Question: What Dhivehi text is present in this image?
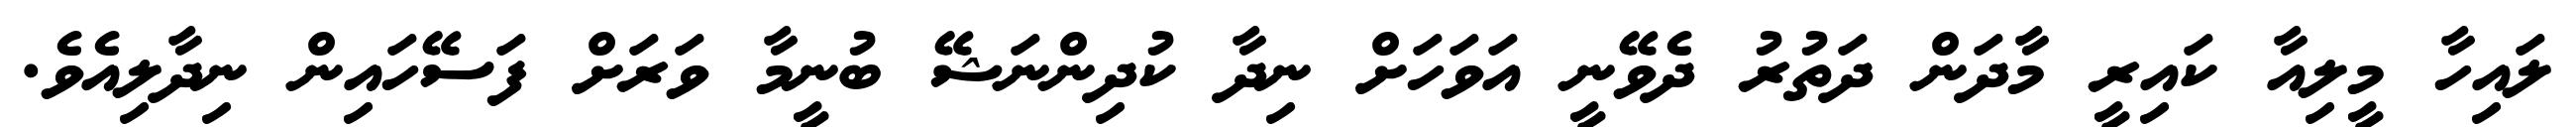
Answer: ލައިހާ މީލިއާ ކައިރީ މާދަން ދަތުރު ދެވޭނީ އަވަހަށް ނިދާ ކުދިންނަޝޭ ބުނީމާ ވަރަށް ފަސޭހައިން ނިދާލިއެވެ.